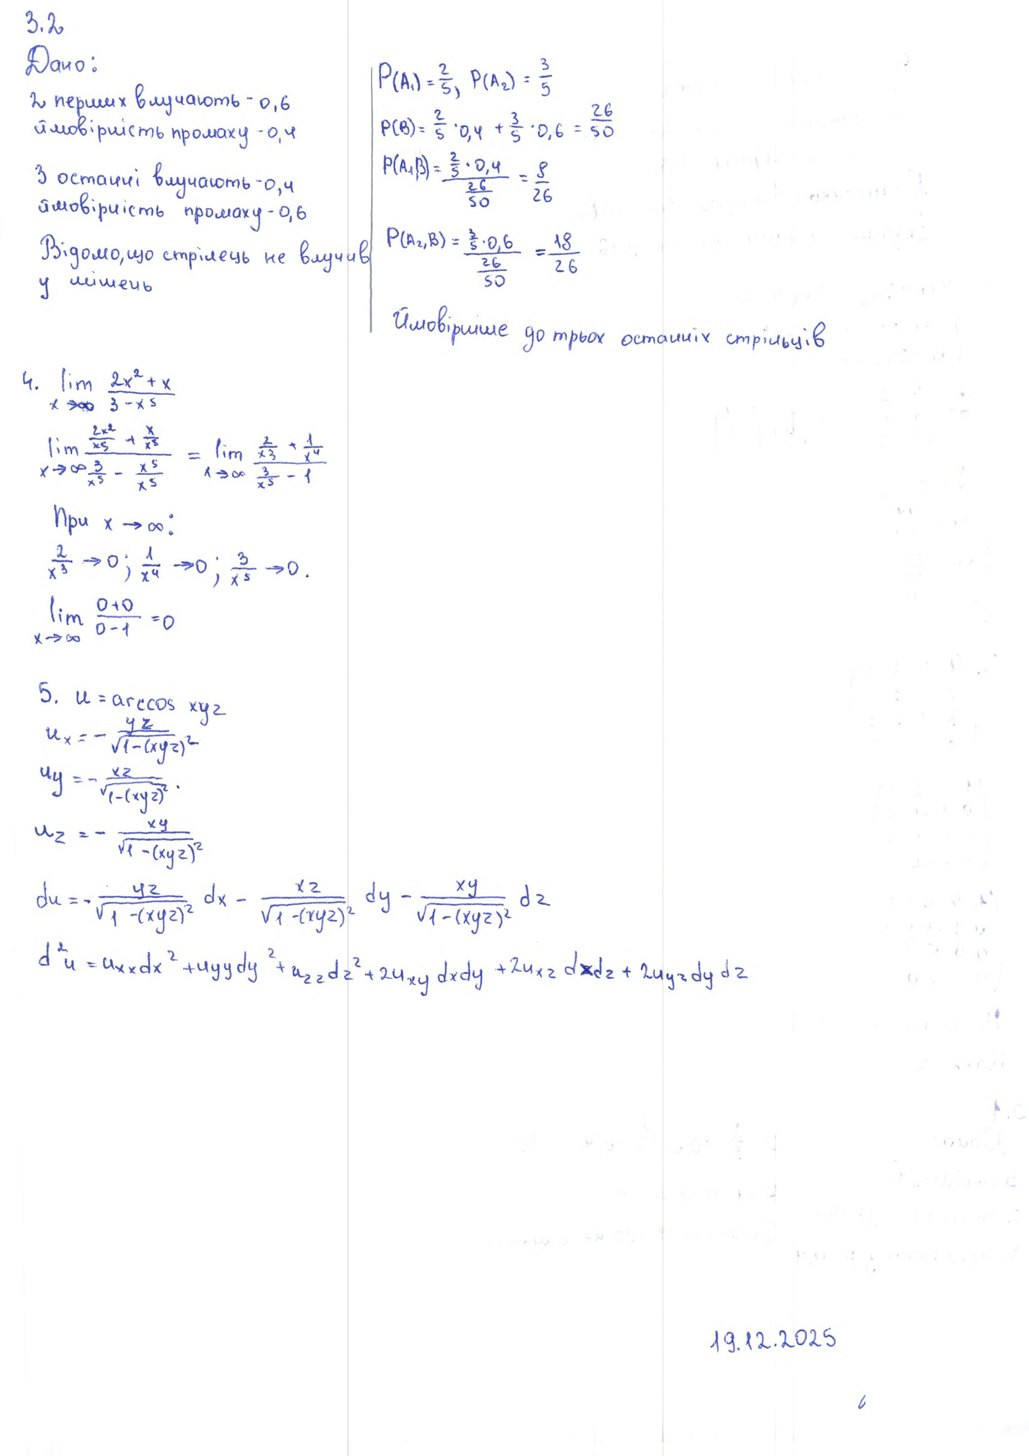
3.2
Дано:
P(A_1) = \frac{2}{5}, P(A_2) = \frac{3}{5} \
2. перших влучають - 0,6
P(B) = \frac{2}{5} \cdot 0,4 + \frac{3}{5} \cdot 0,6 = \frac{26}{50} \
ймовірність промаху - 0,4
P(A_1, B) = \frac{\frac{2}{5} \cdot 0,4}{\frac{26}{50}} = \frac{8}{26} \
З останні влучають - 0,4
ймовірність промаху - 0,6
P(A_2, B) = \frac{\frac{3}{5} \cdot 0,6}{\frac{26}{50}} = \frac{18}{26} \
Відомо, що стрілець не влучив
у мішень
Ймовірніше до трьох останніх стрільців
4. \lim_{x \to \infty} \frac{2x^2 + x}{3 - x^5} \
\lim_{x \to \infty} \frac{\frac{2x^2}{x^5} + \frac{x}{x^5}}{\frac{3}{x^5} - \frac{x^5}{x^5}} = \lim_{x \to \infty} \frac{\frac{2}{x^3} + \frac{1}{x^4}}{\frac{3}{x^5} - 1}
При x → ∞:
2/x^3 → 0; 1/x^4 → 0; 3/x^5 → 0.
\lim_{x \to \infty} \frac{0 + 0}{0 - 1} = 0
5. \ u = \arccos xyz
\begin{aligned} u_x &= -\frac{yz}{\sqrt{1-(xyz)^2}}
\ u_y &= -\frac{xz}{\sqrt{1-(xyz)^2}} \end{aligned}
u_z = - \frac{xy}{\sqrt{1 - (xyz)^2}}
du = - \frac{yz}{\sqrt{1 - (xyz)^2}} dx - \frac{xz}{\sqrt{1 - (xyz)^2}} dy - \frac{xy}{\sqrt{1 - (xyz)^2}} dz
d^2 u = u_{xx} dx^2 + u_{yy} dy^2 + u_{zz} dz^2 + 2u_{xy} dx dy + 2u_{xz} dx dz + 2u_{yz} dy dz
19.12.2025